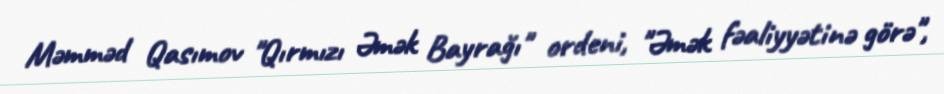
Məmməd Qasımov "Qırmızı Əmək Bayrağı" ordeni, "Əmək fəaliyyətinə görə",